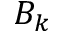
B _ { k }